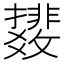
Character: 𫿟